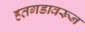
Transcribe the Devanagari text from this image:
हतगडावरून